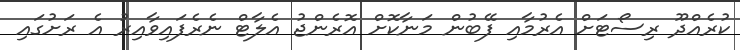
ކުރެއްދޫ ރިސޯޓަށް އެރުމާއި ފޭބުން މަނާކޮށް އޮރެންޖު އެލާޓް ނެރެފައިވާއިރު އެ ރަށުގައި